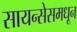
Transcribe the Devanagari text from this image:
सायन्सेसमधून